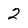
Character: 2